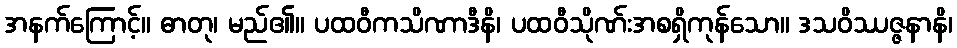
အနက်ကြောင့်။ ဓာတု၊ မည်၏။ ပထဝီကသိဏာဒီနိ၊ ပထဝီသိုဏ်းအစရှိကုန်သော။ ဒသဝိဿဇ္ဇနာနိ၊